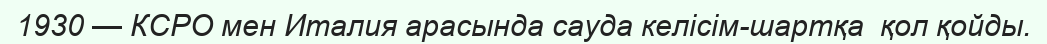
1930 — КСРО мен Италия арасында сауда келiсiм-шартқа  қол қойды.